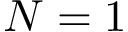
N = 1